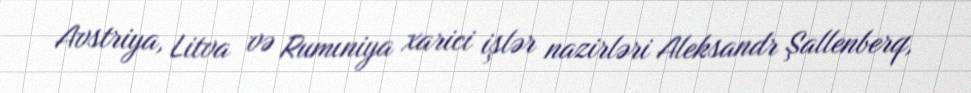
Avstriya, Litva və Rumıniya xarici işlər nazirləri Aleksandr Şallenberq,